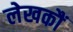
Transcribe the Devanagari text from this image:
लेखकौं